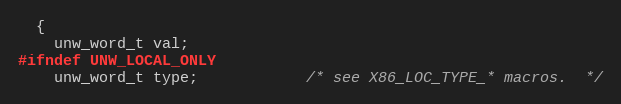
Language: C
  {
    unw_word_t val;
#ifndef UNW_LOCAL_ONLY
    unw_word_t type;            /* see X86_LOC_TYPE_* macros.  */